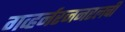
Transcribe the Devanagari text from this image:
गव्हर्नरजनरलची